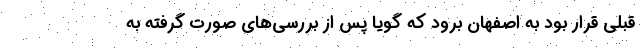
قبلی قرار بود به اصفهان برود که گویا پس از بررسی‌های صورت گرفته به